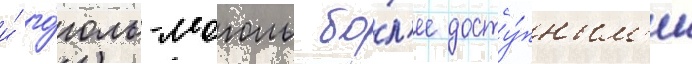
и́ го́голь-моголь бо́л'ее досту́пным'и